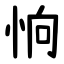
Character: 恦